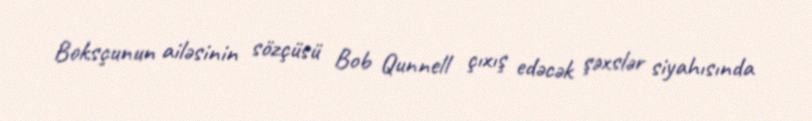
Boksçunun ailəsinin sözçüsü Bob Qunnell çıxış edəcək şəxslər siyahısında